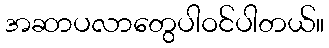
အဆာပလာတွေပါဝင်ပါတယ်။